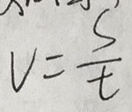
v = \frac { s } { t }